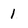
Character: 1